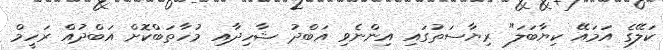
ކަލޭގެ އަމައޭ ކިޔާބަލަ" ރިޔާސަތުގައި އިންނެވި އަބްދު ޝާހިދާއި މުހާތަބްކޮށް އަބްދުއް ރަހީމް